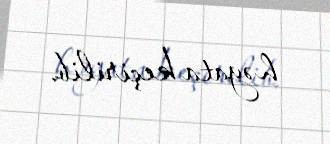
həyata keçirilib.